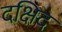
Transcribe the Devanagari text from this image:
दक्षिद